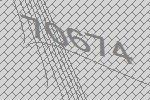
70674